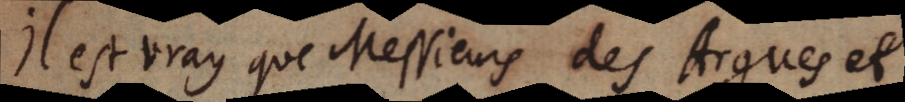
Il est vray que Messieurs des Argues et